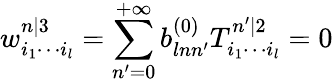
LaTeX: w_{i_{1}\cdots i_{l}}^{n|3}=\sum_{n^{\prime}=0}^{+\infty}b_{lnn^{\prime}}^{(0)}T_{i_{1}\cdots i_{l}}^{n^{\prime}|2}=0